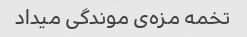
تخمه مزه‌ی موندگی میداد